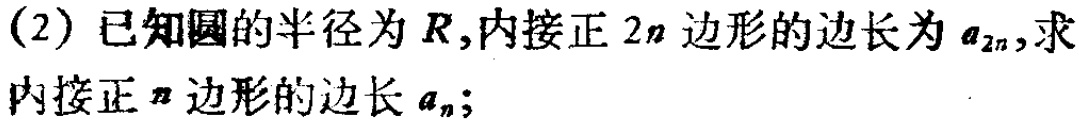
(2) 已知圆的半径为\(R\)，内接正\(2n\)边形的边长为\(a_{2n}\)，求内接正\(n\)边形的边长\(a_{n}\)；